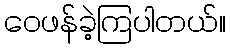
ဝေဖန်ခဲ့ကြပါတယ်။